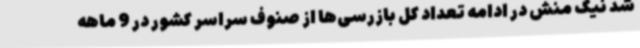
شد نیک منش در ادامه تعداد کل بازرسی‌ها از صنوف سراسر کشور در 9 ماهه